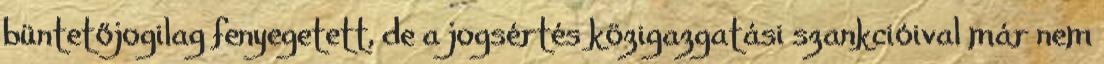
büntetőjogilag fenyegetett, de a jogsértés közigazgatási szankcióival már nem